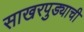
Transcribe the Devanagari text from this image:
साखरपुड्याची